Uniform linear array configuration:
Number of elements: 32
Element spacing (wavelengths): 1
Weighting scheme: blackman
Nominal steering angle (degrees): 60
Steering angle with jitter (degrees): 61.155
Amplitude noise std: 0.05
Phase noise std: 0.05

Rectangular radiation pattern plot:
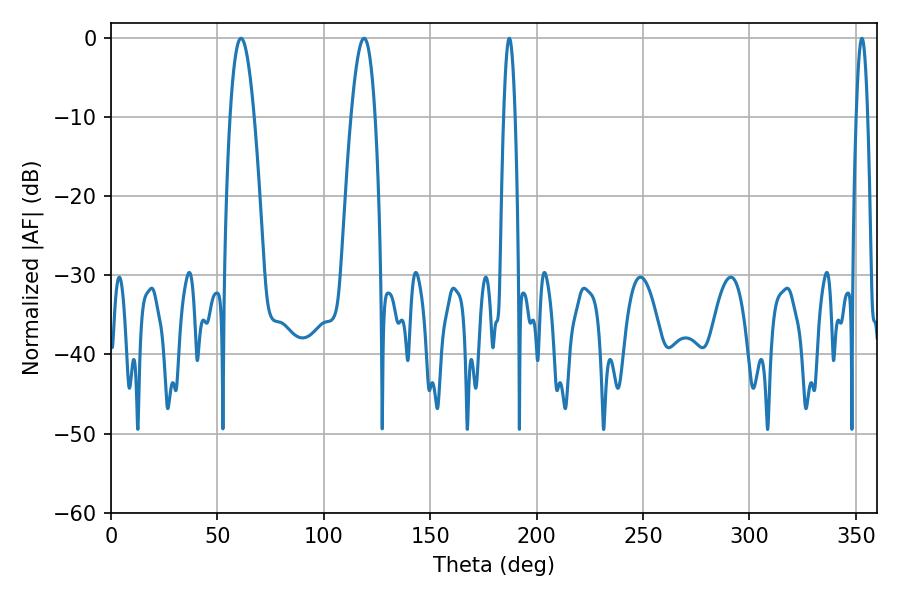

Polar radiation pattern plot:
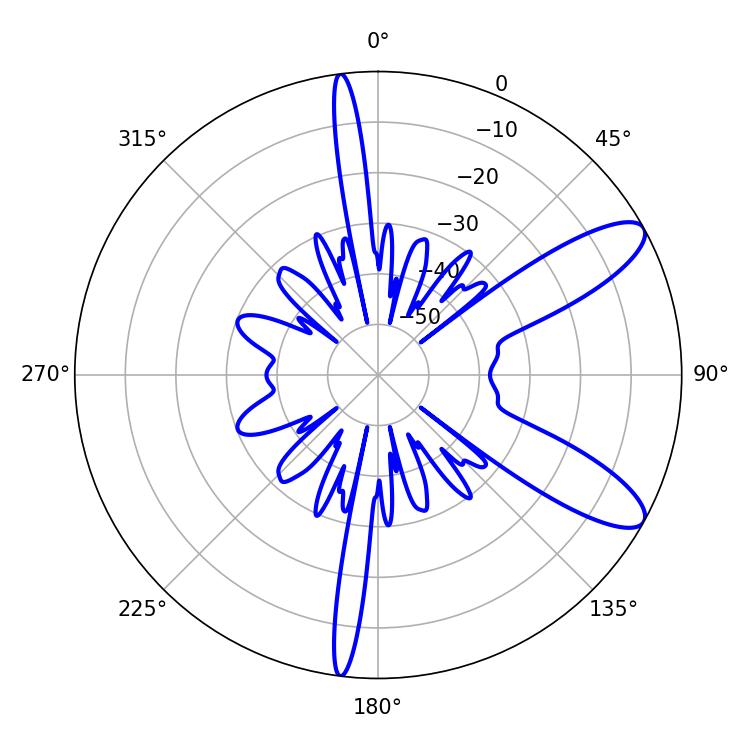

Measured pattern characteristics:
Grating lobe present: TRUE
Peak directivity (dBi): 10.2
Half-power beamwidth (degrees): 6.12
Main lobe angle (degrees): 61.02